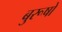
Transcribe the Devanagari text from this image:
बुरूषो